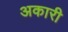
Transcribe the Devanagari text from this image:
अकारी